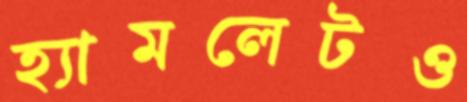
হ্যামলেটও